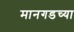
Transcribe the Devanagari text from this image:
मानगडच्या